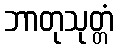
ဘာတုသုတ္တံ